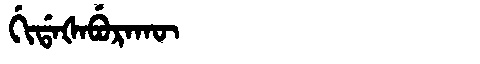
Manchu: ᡤᡳᡩᠠᡧᠠᠪᡠᡵᠠᡴᡡ
Romanization: GIDAŠABURAKŪ